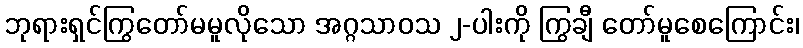
ဘုရားရှင်ကြွတော်မမူလိုသော အဂ္ဂသာဝသ ၂-ပါးကို ကြွချီ တော်မူစေကြောင်း၊